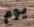
يوم